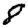
Digit: 8